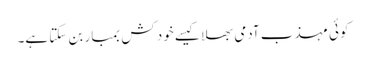
کوئی مہذب آدمی بھلا کیسے خود کش بمبار بن سکتا ہے۔